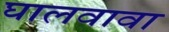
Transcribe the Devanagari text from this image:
घालवावा